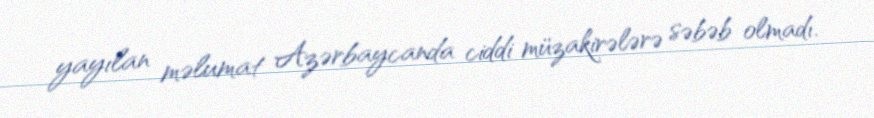
yayılan məlumat Azərbaycanda ciddi müzakirələrə səbəb olmadı.